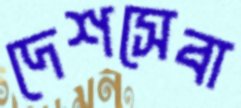
দেশসেবা